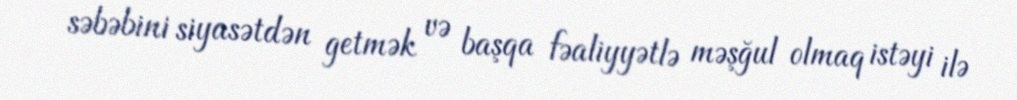
səbəbini siyasətdən getmək və başqa fəaliyyətlə məşğul olmaq istəyi ilə